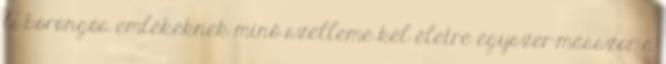
A borongós emlékeknek minő szelleme kél életre egyszer-másszor a